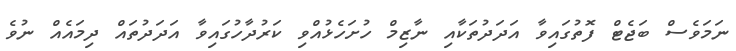
ނަމަވެސް ބަޖެޓް ފޮތުގައިވާ އަދަދުތަކާއި ނާޒިމް ހުށަހެޅުއްވި ކަރުދާހުގައިވާ އަދަދުތައް ދިމައެއް ނުވެ